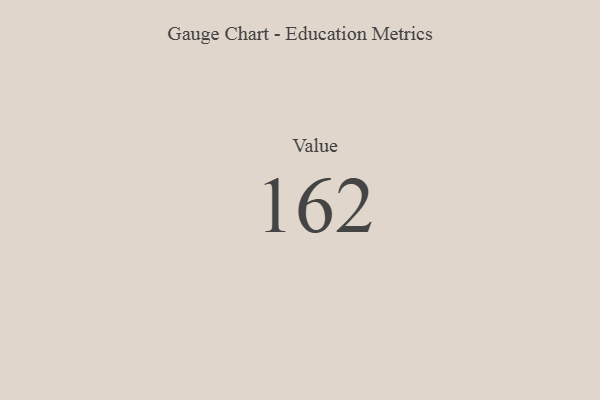
{"axis": {"x": "Metric", "y": "Value"}, "legend": [""], "data": [{"x": "Value", "y": 162, "type": ""}]}